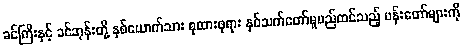
ခင်ကြီးနှင့် ခင်ဘုန်းတို့ နှစ်ယောက်သား စုထားဖုရား နှစ်သက်တော်မူမည်ထင်သည့် ပန်းတော်များကို